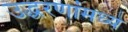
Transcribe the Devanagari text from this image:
उद्धरणांमध्ये